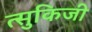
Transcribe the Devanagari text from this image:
त्सुकिजी